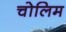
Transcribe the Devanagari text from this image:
चोलिम